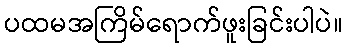
ပထမအကြိမ်ရောက်ဖူးခြင်းပါပဲ။